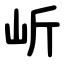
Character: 岓